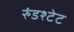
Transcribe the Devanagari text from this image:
रुंडश्टेट